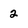
Character: 2